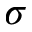
\sigma